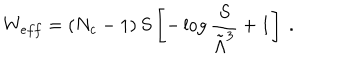
LaTeX: W _ { e f f } = \left( N _ { c } - 1 \right) S \left[ - \log { \frac { S } { \tilde { \Lambda } ^ { 3 } } } + 1 \right] ~ .